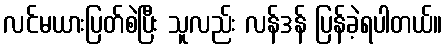
လင်မယားပြတ်စဲပြီး သူလည်း လန်ဒန် ပြန်ခဲ့ရပါတယ်။